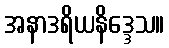
အနာဒရိယနိဒ္ဒေသ။